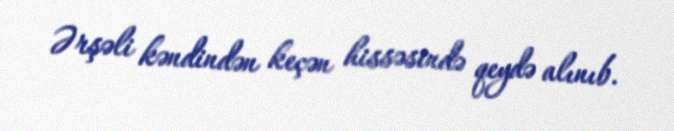
Ərşəli kəndindən keçən hissəsində qeydə alınıb.